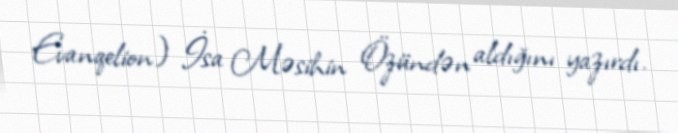
Evanqelion) İsa Məsihin Özündən aldığını yazırdı.